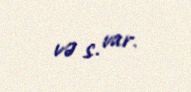
və s. var.